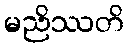
မညိဿတိ